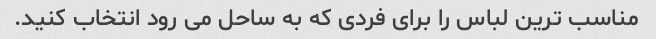
مناسب ترین لباس را برای فردی که به ساحل می رود انتخاب کنید.